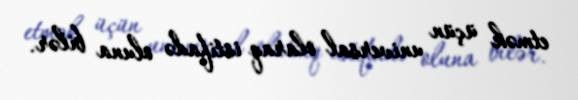
etmək üçün universal olaraq istifadə oluna bilər.